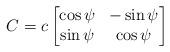
LaTeX: \begin{align*}C=c\begin{bmatrix}\cos{\psi} & -\sin{\psi}\\\sin{\psi} & \cos{\psi}\end{bmatrix}\end{align*}